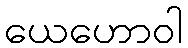
ယေဟောဝါ